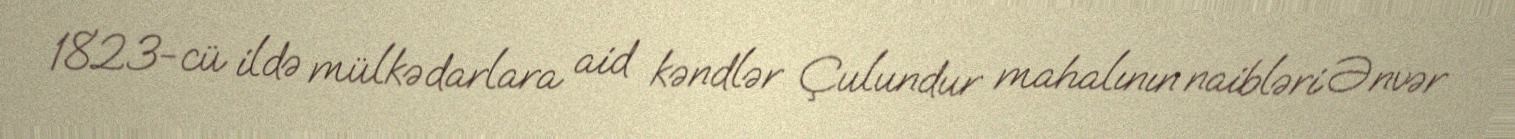
1823-cü ildə mülkədarlara aid kəndlər Çulundur mahalının naibləri Ənvər